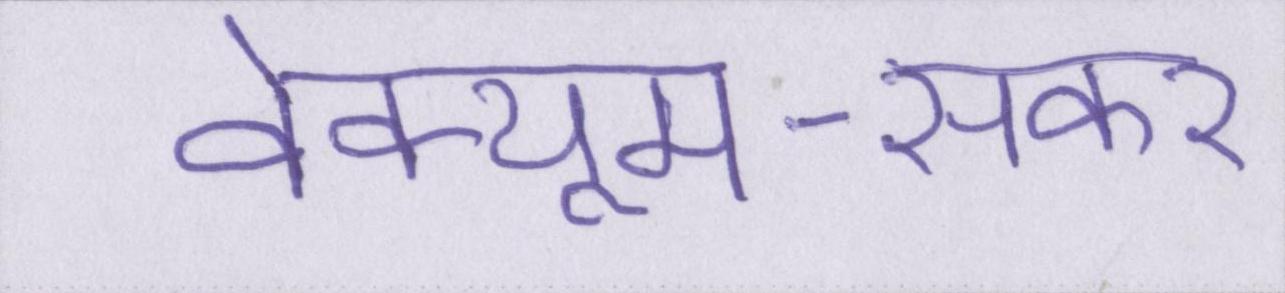
वेक्यूम-सकर